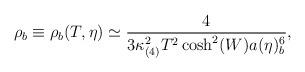
LaTeX: \begin{align*}\rho_b\equiv \rho_b(T,\eta)\simeq\frac{4}{3\kappa_{(4)}^2T^2\cosh^2(W)a(\eta)_b^6} ,\end{align*}